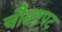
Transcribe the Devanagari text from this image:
चौसष्टपट